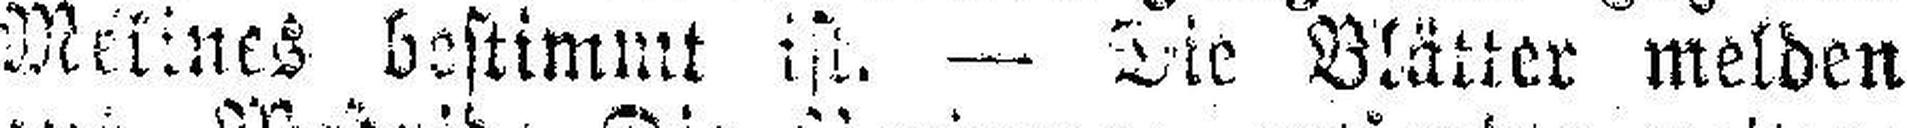
Melines, bestimmt ist. — Die Blätter melden